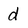
Character: d